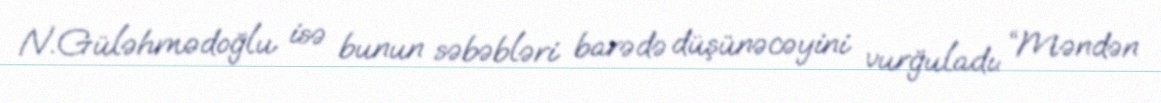
N.Güləhmədoğlu isə bunun səbəbləri barədə düşünəcəyini vurğuladı: “Məndən